Vaccination United Provinces of Agra and Oudh 1914-1922 - 1914-1922
Year: 1914
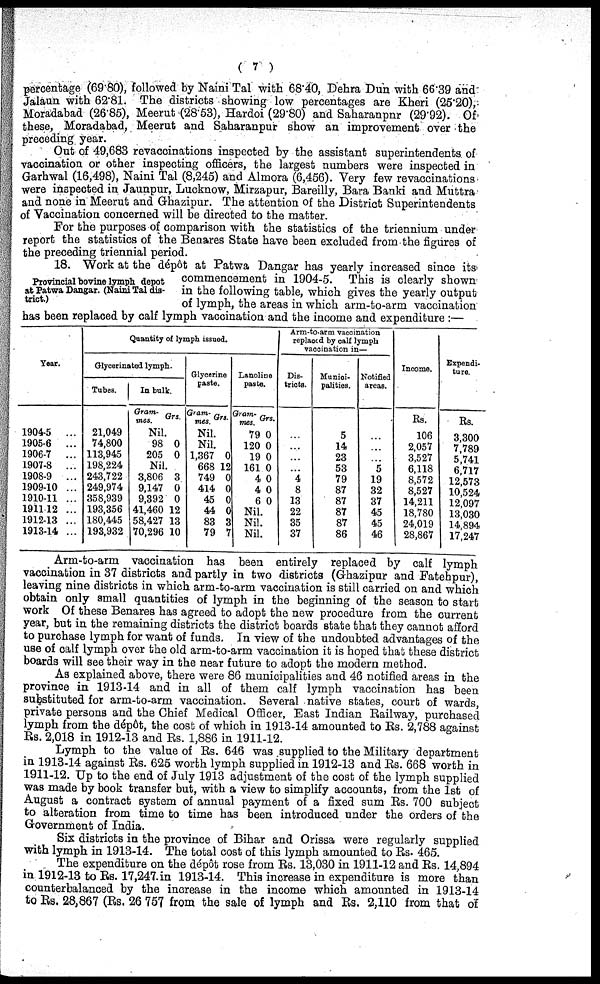
( 7 )
percentage (6980), followed by Naini Tal with 68.40, Dehra Dun with 6639 and
Jalaun with 62.81. The districts showing low percentages are Kheri (25.20),
Moradabad (26.85), Meerut (28.53), Hardoi (29.80) and Saharanpur (29.92). Of
these, Moradabad, Meerut and Saharanpur show an improvement over the
preceding year.
Out of 49,683 revaccinations inspected by the assistant superintendents of
vaccination or other inspecting officers, the largest numbers were inspected in
Garhwal (16,498), Naini Tal (8,245) and Almora (6,456). Very few revaccinations
were inspected in Jaunpur, Lucknow, Mirzapur, Bareilly, Bara Banki and Muttra
and none in Meerut and Ghazipur. The attention of the District Superintendents
of Vaccination concerned will be directed to the matter.
For the purposes of comparison with the statistics of the triennium under
report the statistics of the Benares State have been excluded from the figures of
the preceding triennial period.
Provincial bovine lymph depot
at Patwa Dangar. (Naini Tal dis-
trict.)
18. Work at the dépôt at Patwa Dangar has yearly increased since its-
commencement in 1904-5. This is clearly shown
in the following table, which gives the yearly output
of lymph, the areas in which arm-to-arm vaccination
has been replaced by calf lymph vaccination and the income and expenditure :—
Year.
1904-5
...
1905-6
...
1906-7
...
1907-8
...
1908-9
...
1909-10 ...
1910-11 ...
1911-12 ...
1912-13 ...
1913-14 ...
Quantity of lymph issued.
Glycerinated lymph.
Tubes.
21,049
74,800
113,945
198,224
243,722
249,974
358,939
193,356
180,445
193,932
In bulk.
Gram-
mes.
Grs.
Nil.
98
205
0
0
Nil.
3,806
9,147
9,392
41,460
58,427
70,296
3
0
0
12
13
10
Glycerine
paste.
Gram-
mes.
Grs.
Nil.
Nil.
1,367
668
749
414
45
44
83
79
0
12
0
0
0
0
3
7
Lanoline
paste.
Gram- mes.
79
120
19
161
4
4
6
Grs.
0
0
0
0
0
0
0
Nil.
Nil.
Nil.
Arm-to-arm vaccination
replaced by calf lymph
vaccination in—
Dis-
tricts.
...
...
...
...
4
8
13
22
35
37
Munici-
palities.
5
14
23
53
79
87
87
87
87
86
Notified
areas.
...
...
...
5
19
32
37
45
45
46
Income.
Rs.
106
2,057
3,527
6,118
8,572
8,527
14,211
18,780
24,019
28,867
Expendi-
ture.
Rs.
3,300
7,789
5,741
6,717
12,573
10,524
12,097
13,030
14,894
17,247
Arm-to-arm vaccination has been entirely replaced by calf lymph
vaccination in 37 districts and partly in two districts (Ghazipur and Fatehpur),
leaving nine districts in which arm-to-arm vaccination is still carried on and which
obtain only small quantities of lymph in the beginning of the season to start
work Of these Benares has agreed to adopt the new procedure from the current
year, but in the remaining districts the district boards state that they cannot afford
to purchase lymph for want of funds. In view of the undoubted advantages of the
use of calf lymph over the old arm-to-arm vaccination it is hoped that these district
boards will see their way in the near future to adopt the modern method.
As explained above, there were 86 municipalities and 46 notified areas in the
province in 1913-14 and in all of them calf lymph vaccination has been
substituted for arm-to-arm vaccination. Several native states, court of wards,
private persons and the Chief Medical Officer, East Indian Railway, purchased
lymph from the dépôt, the cost of which in 1913-14 amounted to Rs. 2,788 against
Rs. 2,018 in 1912-13 and Rs. 1,886 in 1911-12.
Lymph to the value of Rs. 646 was supplied to the Military department
in 1913-14 against Rs. 625 worth lymph supplied in 1912-13 and Rs. 668 worth in
1911-12. Up to the end of July 1913 adjustment of the cost of the lymph supplied
was made by book transfer but, with a view to simplify accounts, from the 1st of
August a contract system of annual payment of a fixed sum Rs. 700 subject
to alteration from time to time has been introduced under the orders of the
Government of India.
Six districts in the province of Bihar and Orissa were regularly supplied
with lymph in 1913-14. The total cost of this lymph amounted to Rs. 465.
The expenditure on the dépôt rose from Rs. 13,030 in 1911-12 and Rs. 14,894
in 1912-13 to Rs. 17,247 in 1913-14. This increase in expenditure is more than
counterbalanced by the increase in the income which amounted in 1913-14
to Rs. 28,867 (Rs. 26,757 from the sale of lymph and Rs. 2,110 from that of